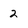
Character: 2